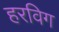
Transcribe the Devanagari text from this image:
हरविग